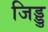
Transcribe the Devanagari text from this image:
जिड्डु